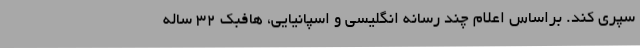
سپری کند. براساس اعلام چند رسانه انگلیسی و اسپانیایی، هافبک 32 ساله